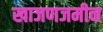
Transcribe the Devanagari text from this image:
खाजणजमीन